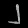
Digit: ၂